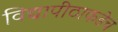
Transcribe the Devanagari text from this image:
विद्यापीठाकडेच